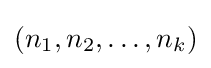
(n_{1},n_{2},\ldots ,n_{k})